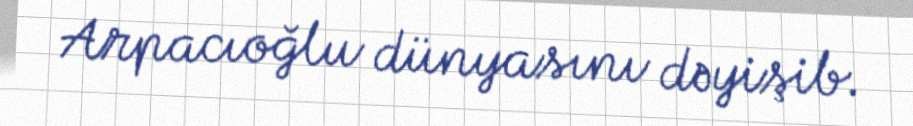
Arpacıoğlu dünyasını dəyişib.